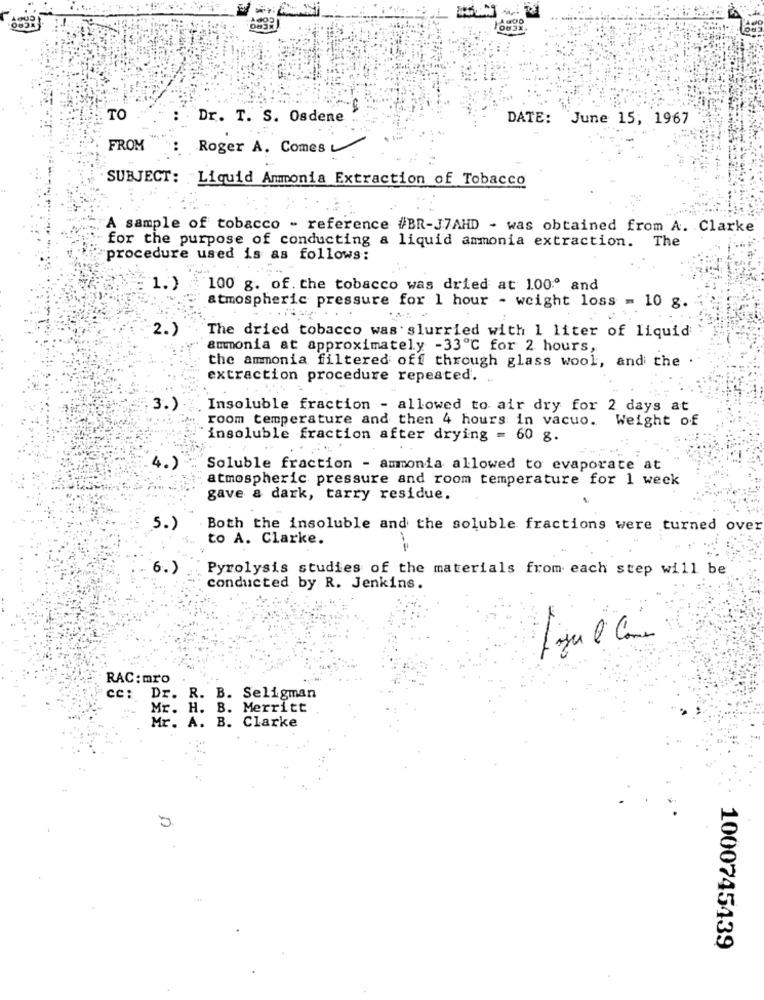
TO
Dr. T. S. Osdene
DATE: June 15, 1967
FROM
Roger A. Comes
SUBJECT: Liquid Ammonia Extraction of Tobacco
A sample of tobacco - reference #BR-J7AHD - was obtained from A. Clarke
for the purpose of conducting a liquid ammonia extraction. The
procedure used is as follows:
1.)
100 g. of . the tobacco was dried at 100ª and
atmospheric pressure for 1 hour - weight loss = 10 g.
2.)
The dried tobacco was slurried with 1 liter of liquid
ammonia at approximately -33℃ for 2 hours,
the ammonia filtered off through glass wool, and the
extraction procedure repeated. ..
3.)
Insoluble fraction - allowed to air dry for 2 days at
room temperature and then 4 hours in vacuo. Weight of
insoluble fraction after drying = 60 g.
4.
Soluble fraction - ammonia allowed to evaporate at
atmospheric pressure and room temperature for 1 week
gave a dark, tarry residue.
5.)
Both the insoluble and the soluble fractions were turned over
to A. Clarke.
6.)
Pyrolysis studies of the materials from each step will be
conducted by R. Jenkins.
RAC: mro
cc: Dr. R. B. Seligman
Mr. H. B. Merritt
Mr. A. B. Clarke
1000745439